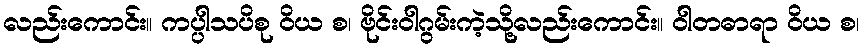
လည်းကောင်း။ ကပ္ပါသပိစု ဝိယ စ၊ ဗိုင်းဝါဂွမ်းကဲ့သို့လည်းကောင်း။ ဝါတဓာရာ ဝိယ စ၊